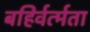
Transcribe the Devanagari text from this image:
बहिर्वर्त्मता